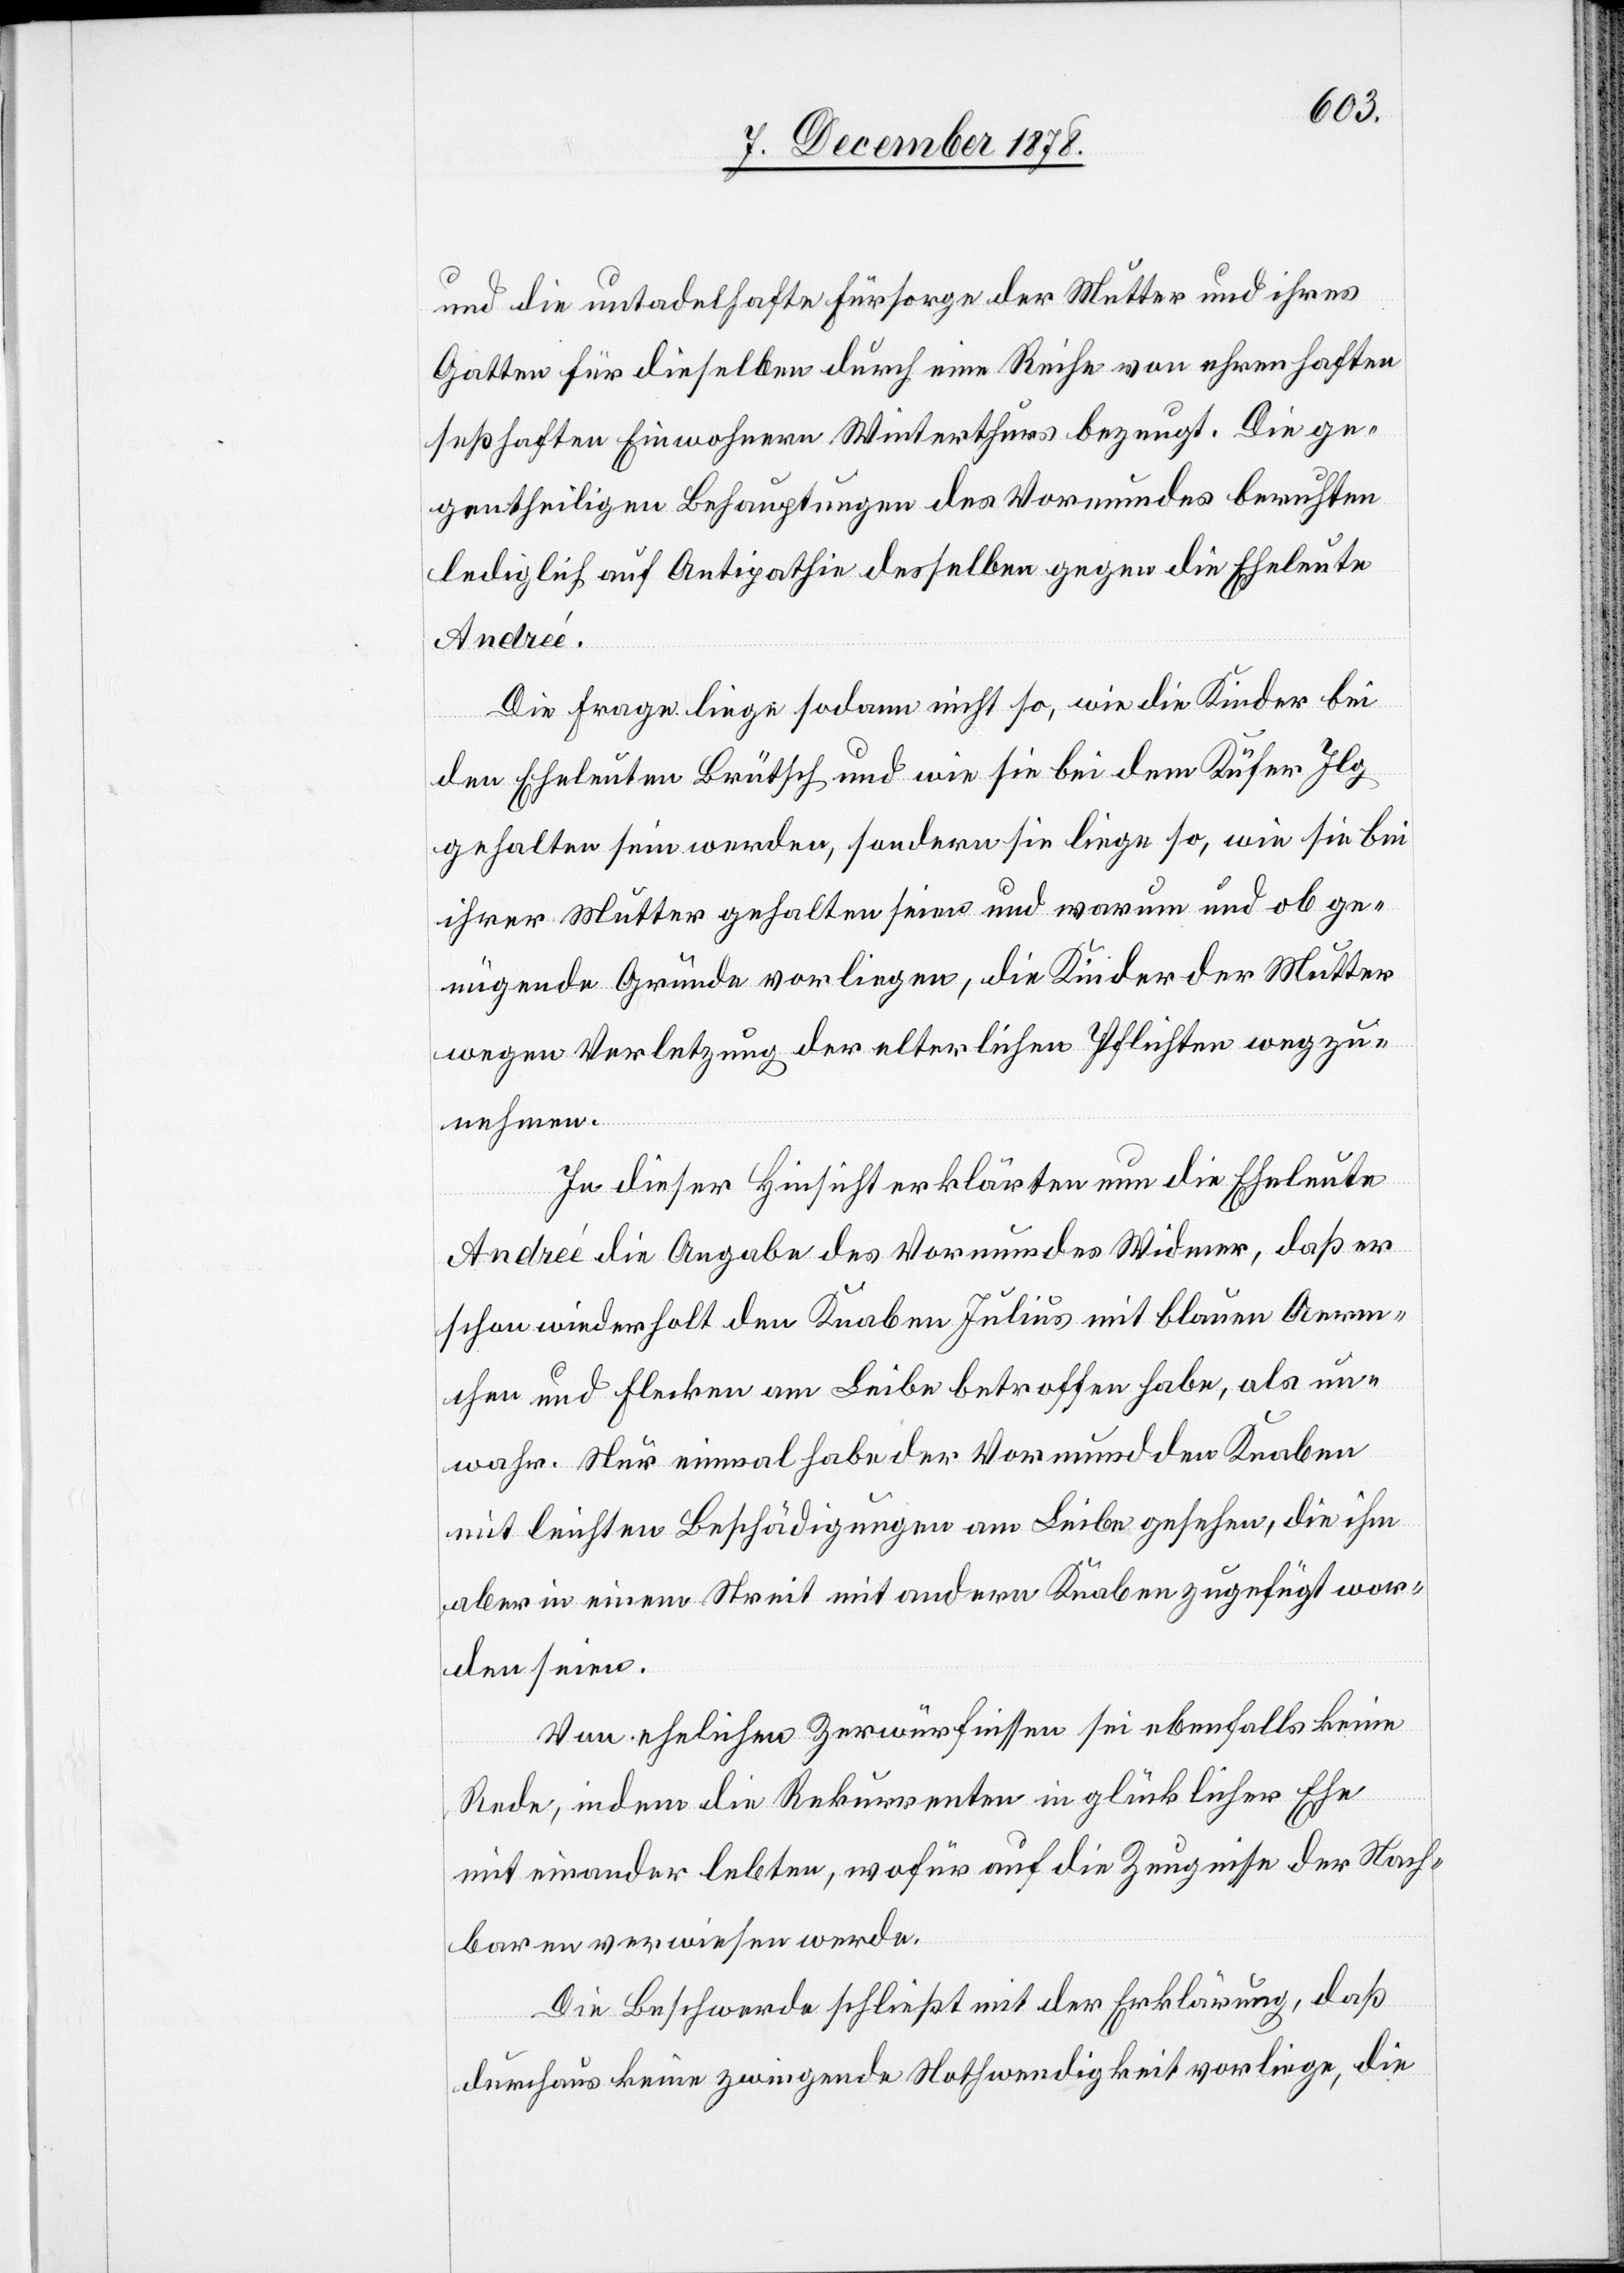
und die untadelhafte Fürsorge der Mutter und ihres
Gatten für dieselben durch eine Reihe von ehrenhaften
sesshaften Einwohnern Winterthurs bezeugt. Die ge¬
gentheiligen Behauptungen des Vormundes beruhten
lediglich auf Antipathie desselben gegen die Eheleute
Andreé.
Die Frage liege sodann nicht so, wie die Kinder bei
den Eheleuten Brütsch und wie sie bei dem Küfer Ilg
gehalten sein werden, sondern sie liege so, wie sie bei
ihrer Mutter gehalten seien und warum und ob ge¬
nügende Gründe vorliegen, die Kinder der Mutter
wegen Verletzung der elterlichen Pflichten wegzu¬
nehmen.
In dieser Hinsicht erklärten nun die Eheleute
Andreé die Angabe des Vormundes Widmer, daß er
schon wiederholt den Knaben Julius mit blauen Aerm¬
chen und Flecken am Leibe betroffen habe, als un¬
wahr. Nur einmal habe der Vormund den Knaben
mit leichten Beschädigungen am Leibe gesehen, die ihm
aber in einem Streit mit andern Knaben zugefügt wor¬
den seien.
Von ehelichen Zerwürfnissen sei ebenfalls keine
Rede, indeß die Rekurrenten in glücklicher Ehe
mit einander lebten, wofür auf die Zeugnisse der Nach¬
baren verwiesen werde.
Die Beschwerde schließt mit der Erklärung, daß
durchaus keine zwingende Nothwendigkeit vorliege, die